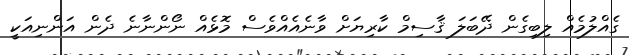
ގެއްލުމެއް ލިބިގެން ދޭބަލަ ޤާސިމް ކާރިޔަށް ވާނެއެއްވެސް މޮޅެއް ނޯންނާނެ ދެން އަންނިއަކީ